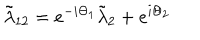
\tilde { \lambda } _ { 1 2 } = e ^ { - i \Theta _ { 1 } } \tilde { \lambda } _ { 2 } + e ^ { i \Theta _ { 2 } }